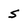
Character: s